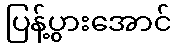
ပြန့်ပွားအောင်